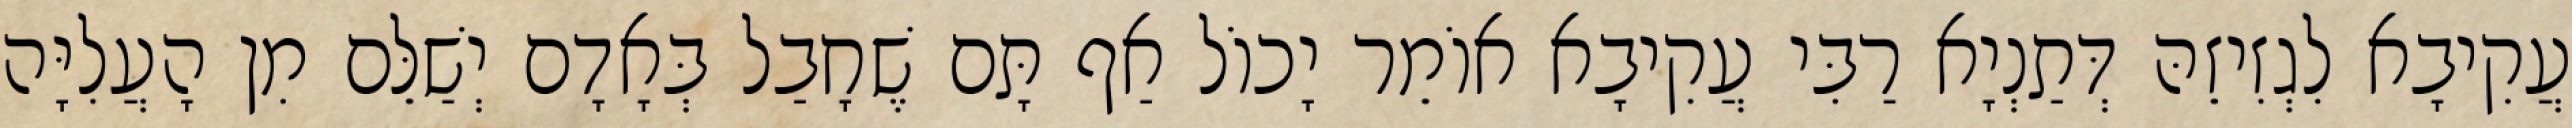
עֲקִיבָא לִגְזִיזֵהּ דְּתַנְיָא רַבִּי עֲקִיבָא אוֹמֵר יָכוֹל אַף תָּם שֶׁחָבַל בְּאָדָם יְשַׁלֵּם מִן הָעֲלִיָּה